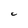
Character: C